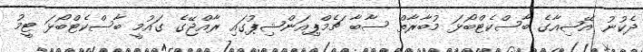
ދެކުނު އޭޝިއާގެ ބާސްކެޓްބޯޅަ މުބާރާތް ސާބާ ޗެމްޕިއަންޝިޕުގައި ރާއްޖޭގެ ގައުމީ ބާސްކެޓްބޯޅަ ޓީމު